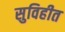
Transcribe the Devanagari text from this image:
सुविहीत